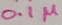
Text: 0.1µ